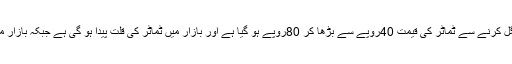
ٹماٹر کی گلگت بلتستان سے ملک کے دیگر صوبوں میں سمگل کرنے سے ٹماٹر کی قیمت 40روپے سے بڑھا کر 80روپے ہو گیا ہے اور بازار میں ٹماٹر کی قلت پیدا ہو گی ہے جبکہ بازار میں خراب قسم کے ٹماٹر عوام خریدنے پر مجبور ہو گئے ہیں۔